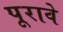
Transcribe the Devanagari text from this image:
पूरावे